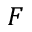
F